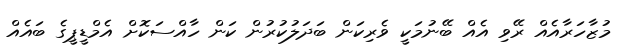
މުޒާހަރާއެއް ރޭވި އެއް ބޭނުމަކީ ވެރިކަން ބަދަލުކުރުން ކަން ހާއްސަކޮށް އެމްޑީޕީގެ ބައެއް